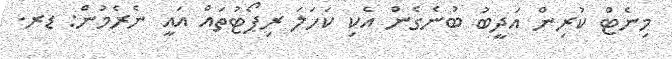
މިނެޓް ކުރިން އަދީބު ބުނެގެން އެކި ކަހަލަ ރިޕޯޓުތައް އައީ ނެރެމުން: ޑރ.